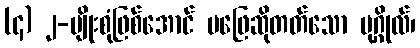
(၄) ၂-မျိုးစုံဖြစ်အောင် မဖြေဆိုတတ်သော ပုဂ္ဂိုလ်၊